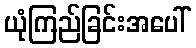
ယုံကြည်ခြင်းအပေါ်